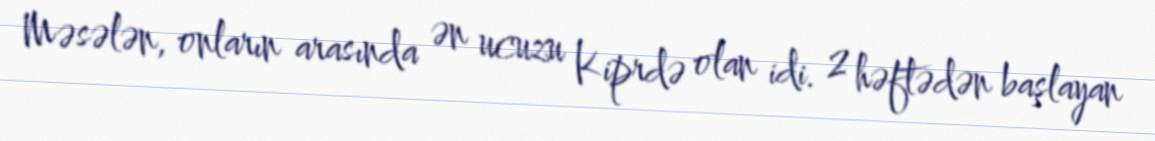
Məsələn, onların arasında ən ucuzu Kiprdə olan idi. 2 həftədən başlayan